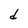
Character: d